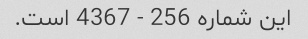
این شماره 256 - 4367 است.